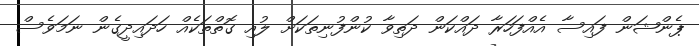
ޕެންޝަން ފައިސާ އެއްފަހަރާ ދައްކަން ދަތިވާ ކުންފުނިތަކަށް ލުއި ގޮތްތަކެއް ހަދައިދީގެން ނަމަވެސް